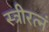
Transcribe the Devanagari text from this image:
स्त्रीरत्नं